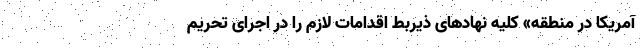
آمریکا در منطقه» کلیه نهادهای ذیربط اقدامات لازم را در اجرای تحریم